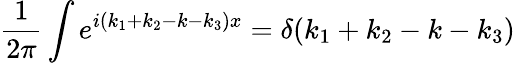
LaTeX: \frac{1}{2\pi}\int e^{i(k_{1}+k_{2}-k-k_{3})x}=\delta(k_{1}+k_{2}-k-k_{3})